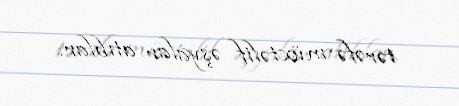
tərəfə müxtəlif əşyalar atıblar.